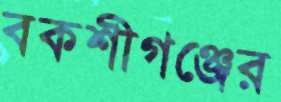
বকশীগঞ্জের